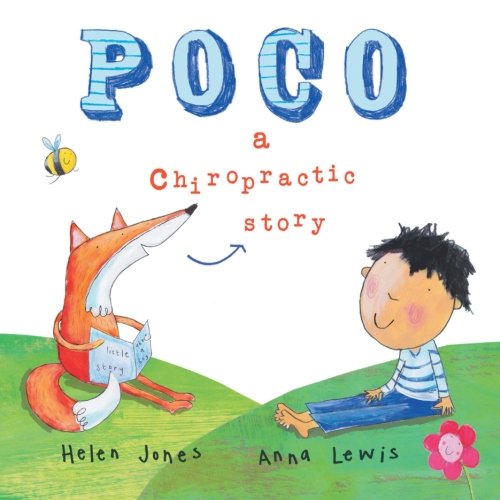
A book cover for Poco - A Chiropractic Story; Helen Jones; Medical Books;